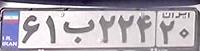
۶۱ب۲۲۴۲۰